画像に写った文字を読んでください
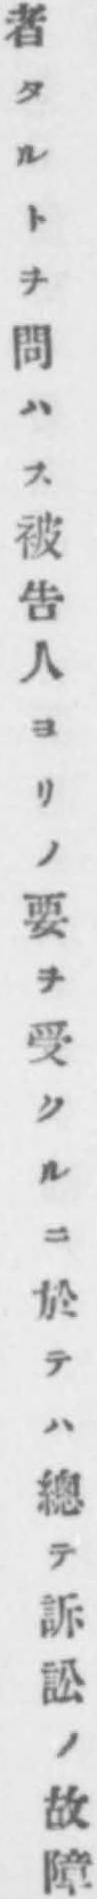
「者タルトヲ問ハス被吿人ヨリノ要ヲ受クルニ於テハ總テ訴訟ノ故障」と書いてあります